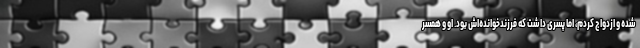
شده و ازدواج کردم، اما پسری داشت که فرزندخوانده‌اش بود. او و همسر